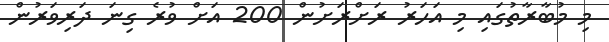
މި މުބާރާތުގައި މި އަހަރު ރަށްރަށުން 200 އަށް ވުރެ ގިނަ ދަރިވަރުން